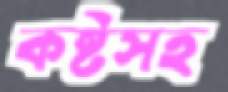
কষ্টসহ